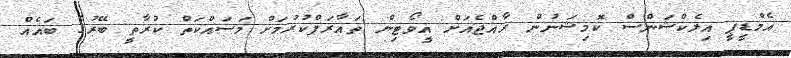
އެމްޑީޕީ އިލެކްޝަންސް ކޮމިޝަނުން ރާއްޖެއަށް އީވޯޓިން ތައާރަފްކުރުމަށް މަސައްކަތް ކުރާތީ ބޭރުގެ ބައެއް